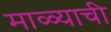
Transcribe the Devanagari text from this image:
माळ्याची